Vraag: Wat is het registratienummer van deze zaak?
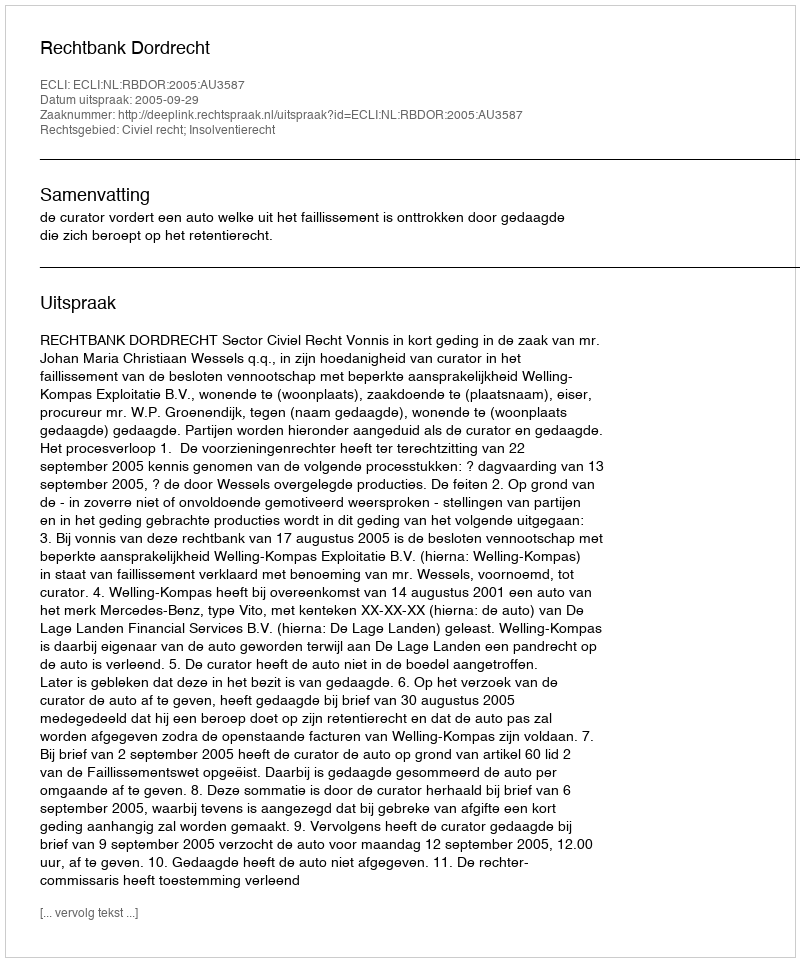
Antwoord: http://deeplink.rechtspraak.nl/uitspraak?id=ECLI:NL:RBDOR:2005:AU3587